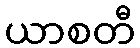
ယာစတီ